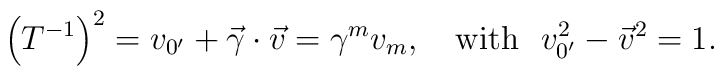
\left( T^{-1}\right) ^2=v_{0^{\prime }}+\vec{\gamma}\cdot \vec{v}=\gamma^mv_m,\quad {\rm {with\,\,\,\,}}v_{0^{\prime }}^2-\vec{v}^2=1.{\rm {\,}}